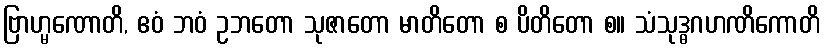
ဗြာဟ္မဏောတိ, ဧဝံ ဘဝံ ဥဘတော သုဇာတော မာတိတော စ ပိတိတော စ။ သံသုဒ္ဓဂဟဏိကောတိ